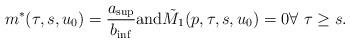
LaTeX: \begin{align*}m^*(\tau,s,u_0)=\frac{a_{\sup}}{b_{\inf}}{\rm and}\tilde M_1(p,\tau,s,u_0)=0\forall\,\, \tau\ge s.\end{align*}